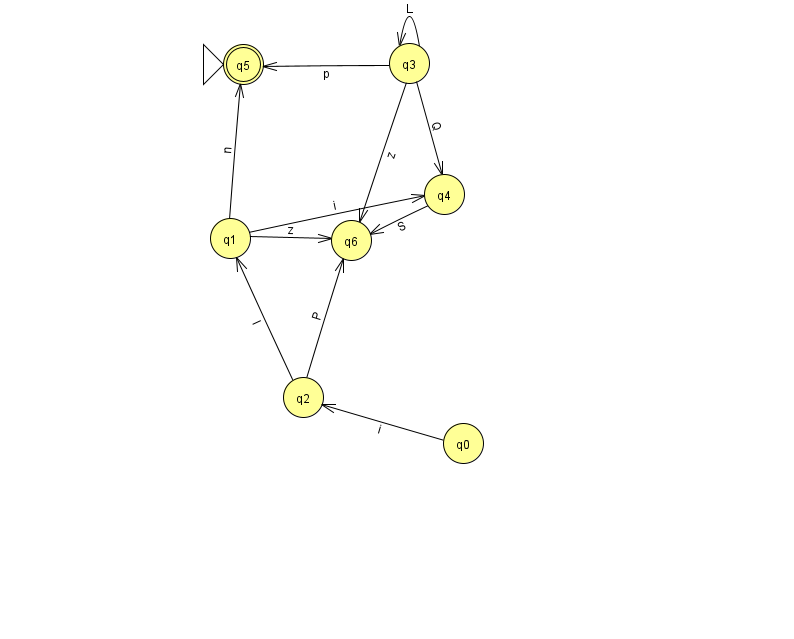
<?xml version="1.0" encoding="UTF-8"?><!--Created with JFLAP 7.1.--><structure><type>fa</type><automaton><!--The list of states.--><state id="0" name="q0"><x>463.0</x><y>430.0</y></state><state id="1" name="q1"><x>230.0</x><y>225.0</y></state><state id="2" name="q2"><x>303.0</x><y>384.0</y></state><state id="3" name="q3"><x>409.0</x><y>50.0</y></state><state id="4" name="q4"><x>444.0</x><y>181.0</y></state><state id="5" name="q5"><x>243.0</x><y>51.0</y><initial/><final/></state><state id="6" name="q6"><x>351.0</x><y>227.0</y></state><!--The list of transitions.--><transition><from>1</from><to>4</to><read>i</read></transition><transition><from>2</from><to>6</to><read>P</read></transition><transition><from>0</from><to>2</to><read>i</read></transition><transition><from>1</from><to>5</to><read>n</read></transition><transition><from>2</from><to>1</to><read>l</read></transition><transition><from>3</from><to>4</to><read>Q</read></transition><transition><from>3</from><to>5</to><read>p</read></transition><transition><from>3</from><to>3</to><read>L</read></transition><transition><from>4</from><to>6</to><read>S</read></transition><transition><from>1</from><to>6</to><read>z</read></transition><transition><from>3</from><to>6</to><read>z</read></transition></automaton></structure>